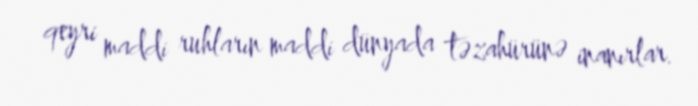
qeyri maddi ruhların maddi dünyada təzahürünə inanırlar.